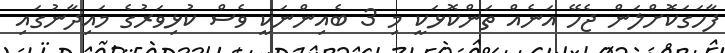
ފާހަގަކޮށްލަން ޖެހޭ އަނެއް ތަންކޮޅަކީ މި 3 ބެއިންނަކީ ވެސް ކުޅިވަރުގެ މައިދާނުގައި